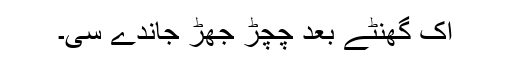
اک گھنٹے بعد چِچڑ جھڑ جاندے سی۔